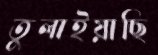
তুলাইয়াছি